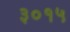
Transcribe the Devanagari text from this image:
३०१५